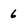
Character: 6